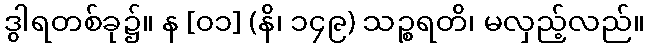
ဒွါရတစ်ခု၌။ န [၀၁] (နိ၊ ၁၄၉) သဉ္စရတိ၊ မလှည့်လည်။